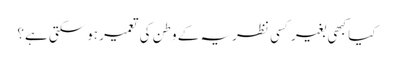
کیا کبھی بغیر کسی نظریہ کے وطن کی تعمیر ہوسکتی ہے؟